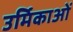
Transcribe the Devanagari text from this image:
उर्मिकाओं